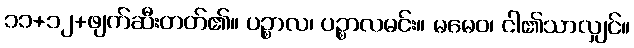
၁၁+၁၂+ဖျက်ဆီးတတ်၏။ ပဉ္စာလ၊ ပဉ္စာလမင်း။ မမေဝ၊ ငါ၏သာလျှင်။